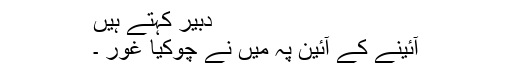
دبیر کہتے ہیں
آئینے کے آئین پہ میں نے چوکیا غور ۔